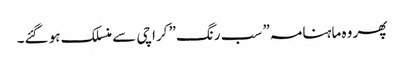
پھر وہ ماہنامہ” سب رنگ” کراچی سے منسلک ہو گئے۔